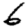
Digit: 6